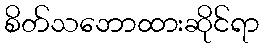
စိတ်သဘောထားဆိုင်ရာ